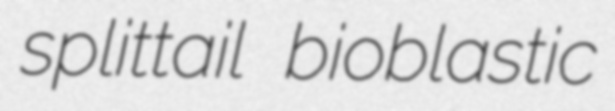
splittail bioblastic